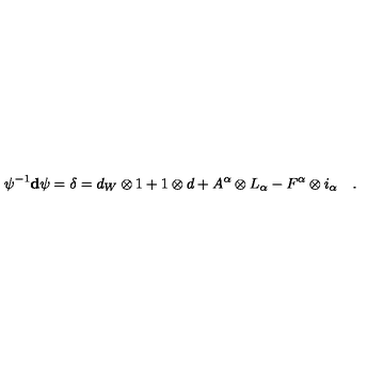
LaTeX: \psi ^ { - 1 } \mathbf { d } \psi = \delta = d _ { W } \otimes 1 + 1 \otimes d + A ^ { \alpha } \otimes L _ { \alpha } - F ^ { \alpha } \otimes i _ { \alpha } \quad .